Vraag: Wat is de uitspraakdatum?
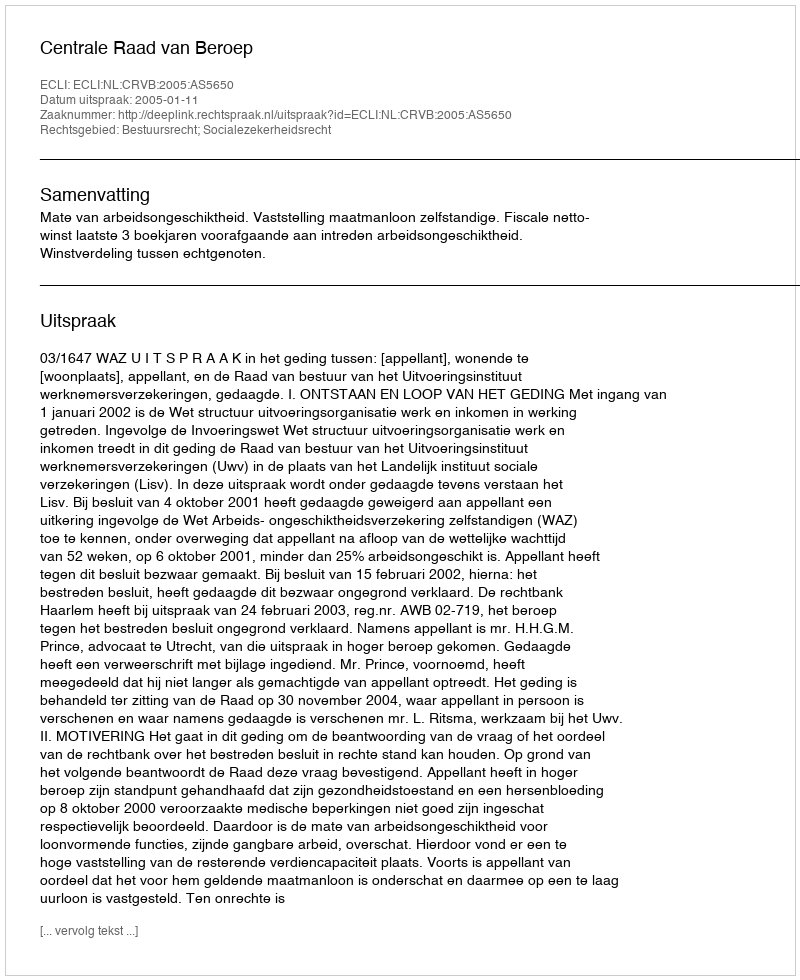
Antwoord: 2005-01-11